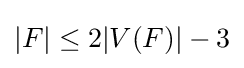
|F|\leq 2|V(F)|-3